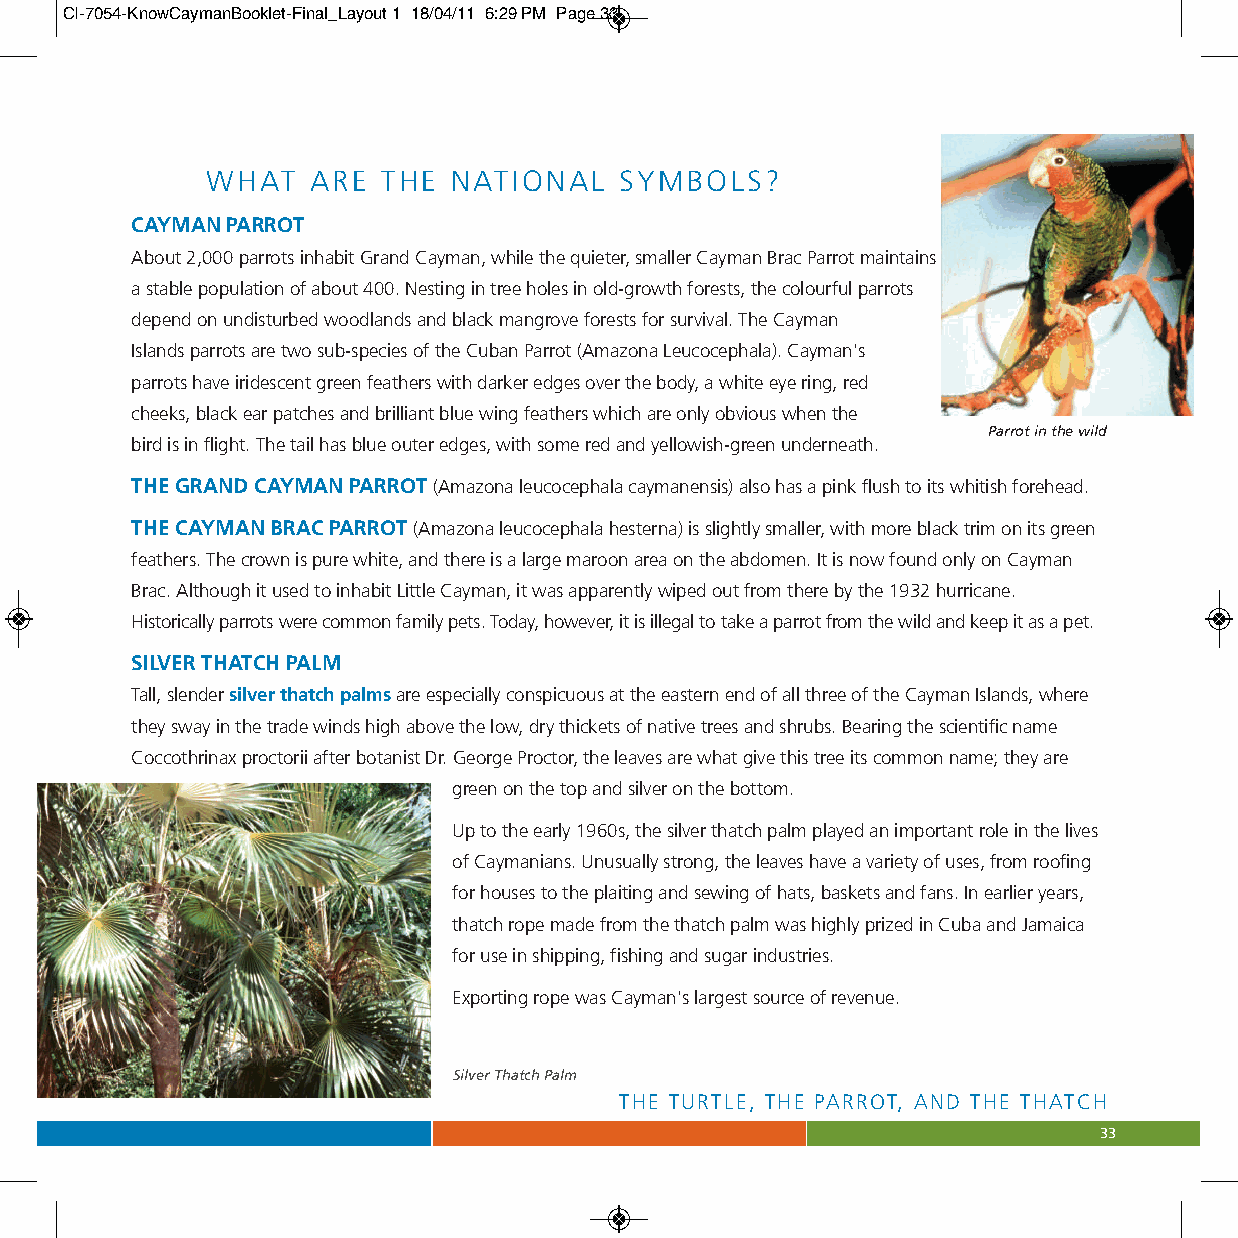
CI-7054-KnowCaymanBooklet-Final_Layout 1 18/04/11 6:29 PM Page 33
 WHAT  ARE  THE  NATIONAL   SYMBOLS?
 CAYMAN PARROT
 About 2,000 parrots inhabit Grand Cayman, while the quieter, smaller Cayman Brac Parrot maintains
 a stable population of about 400. Nesting in tree holes in old-growth forests, the colourful parrots
 depend on undisturbed woodlands and black mangrove forests for survival. The Cayman
 Islands parrots are two sub-species of the Cuban Parrot (Amazona Leucocephala). Cayman's
 parrots have iridescent green feathers with darker edges over the body, a white eye ring, red
 cheeks, black ear patches and brilliant blue wing feathers which are only obvious when the
 Parrot in the wild
 bird is in flight. The tail has blue outer edges, with some red and yellowish-green underneath.
 THE GRAND CAYMAN PARROT(Amazona leucocephala caymanensis) also has a pink flush to its whitish forehead.
 THE CAYMAN BRAC PARROT(Amazona leucocephala hesterna) is slightly smaller, with more black trim on its green
 feathers. The crown is pure white, and there is a large maroon area on the abdomen. It is now found only on Cayman
 Brac. Although it used to inhabit Little Cayman, it was apparently wiped out from there by the 1932 hurricane.
 Historically parrots were common family pets. Today, however, it is illegal to take a parrot from the wild and keep it as a pet.
 SILVER THATCH PALM
 Tall, slender silver thatch palmsare especially conspicuous at the eastern end of all three of the Cayman Islands, where
 they sway in the trade winds high above the low, dry thickets of native trees and shrubs. Bearing the scientific name
 Coccothrinax proctorii after botanist Dr. George Proctor, the leaves are what give this tree its common name; they are
 green on the top and silver on the bottom.
 Up to the early 1960s, the silver thatch palm played an important role in the lives
 of Caymanians. Unusually strong, the leaves have a variety of uses, from roofing
 for houses to the plaiting and sewing of hats, baskets and fans. In earlier years,
 thatch rope made from the thatch palm was highly prized in Cuba and Jamaica
 for use in shipping, fishing and sugar industries.
 Exporting rope was Cayman's largest source of revenue.
 Silver Thatch Palm
 THE TURTLE, THE PARROT, AND THE THATCH
 33